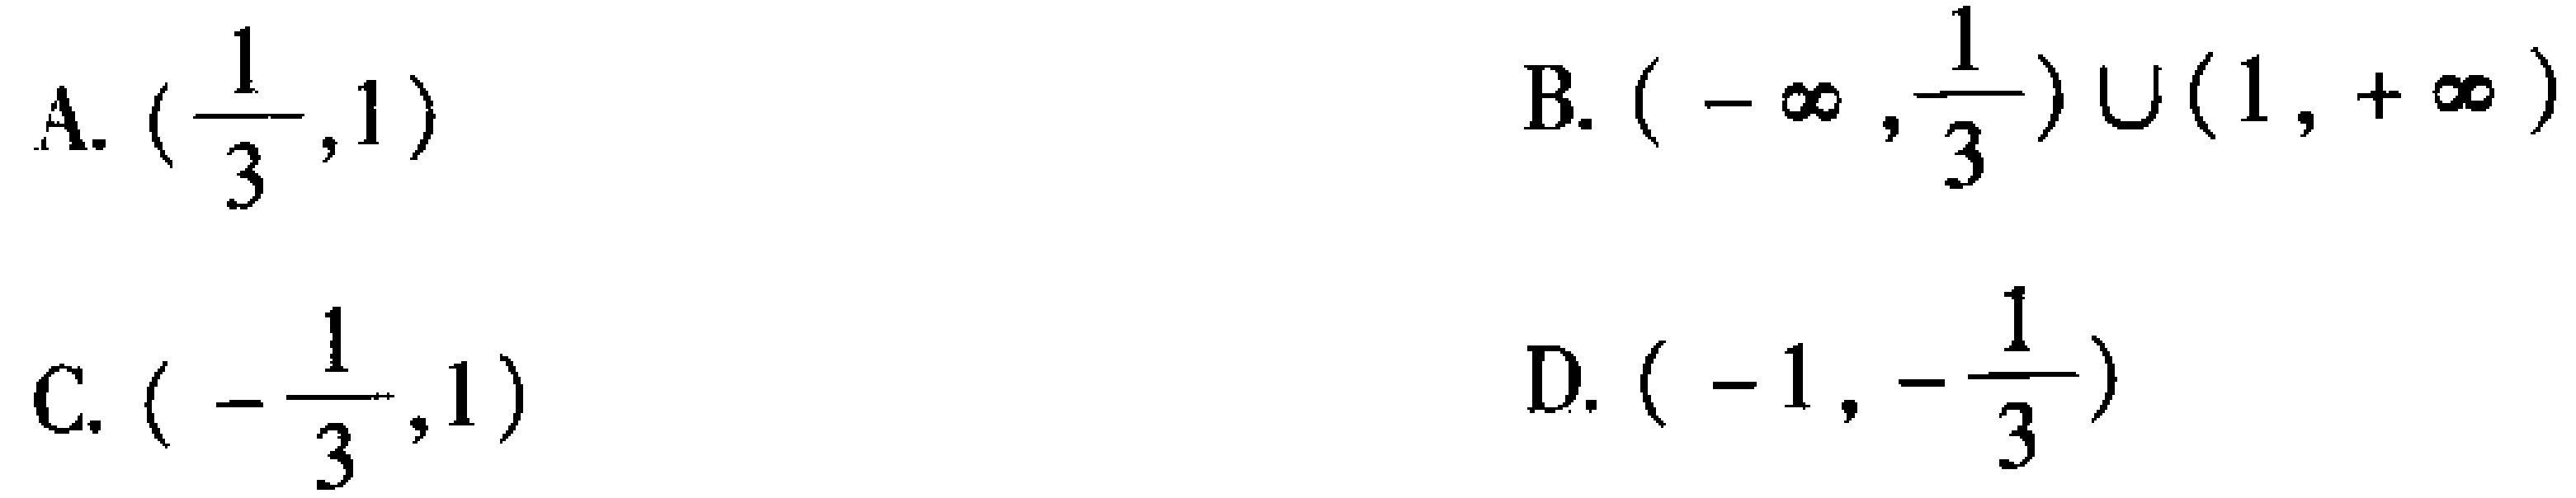
A. \((\frac{1}{3},1)\)
B. \((-\infty,\frac{1}{3})\cup(1,+\infty)\)
C. \((-\frac{1}{3},1)\)
D. \((-1,-\frac{1}{3})\)